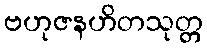
ဗဟုဇနဟိတသုတ္တ